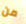
من